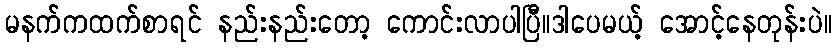
မနက်ကထက်စာရင် နည်းနည်းတော့ ကောင်းလာပါပြီ။ဒါပေမယ့် အောင့်နေတုန်းပဲ။